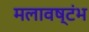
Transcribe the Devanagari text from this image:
मलावष्टंभ